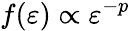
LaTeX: f(\varepsilon)\propto\varepsilon^{-p}